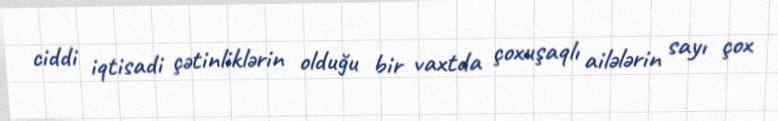
ciddi iqtisadi çətinliklərin olduğu bir vaxtda çoxuşaqlı ailələrin sayı çox